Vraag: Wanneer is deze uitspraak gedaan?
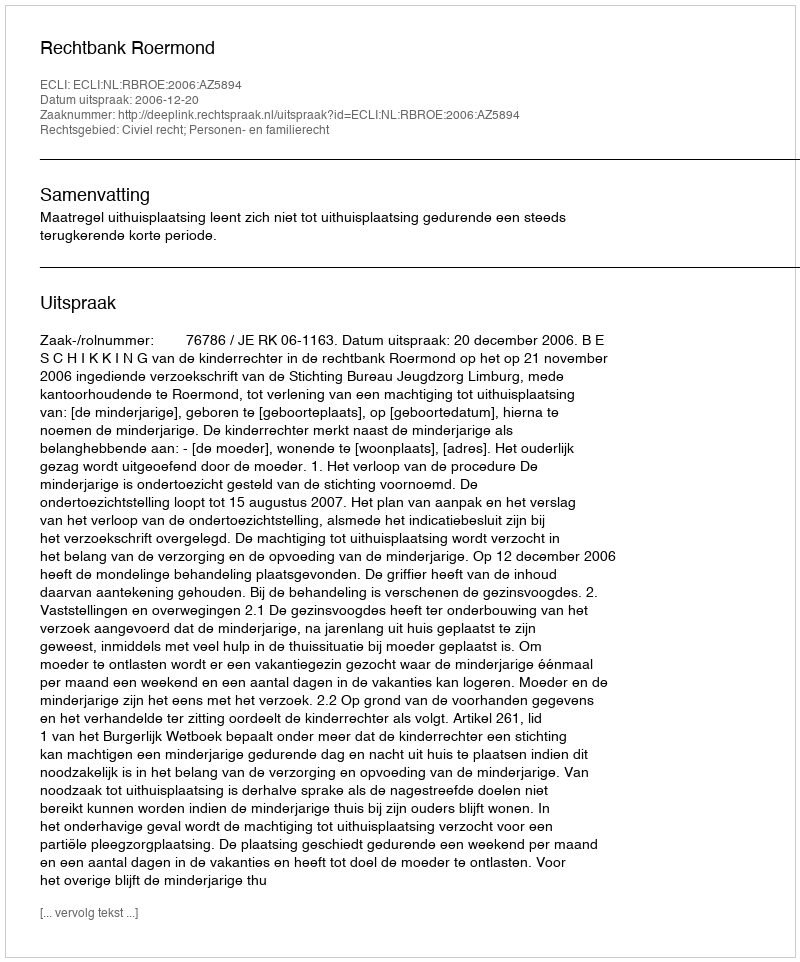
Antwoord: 2006-12-20